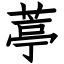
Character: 葶